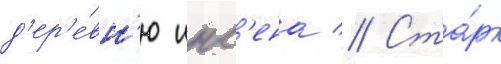
д'ер'е́вн'ю инс'ена // Ста́рк